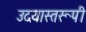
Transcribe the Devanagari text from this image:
उदयास्तरूपी